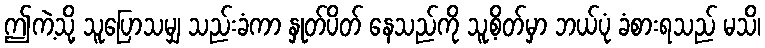
ဤကဲ့သို့ သူပြောသမျှ သည်းခံကာ နှုတ်ပိတ် နေသည်ကို သူ့စိတ်မှာ ဘယ်ပုံ ခံစားရသည် မသိ၊